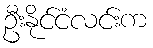
ဦးနိုင်ငံလင်းက